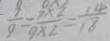
\frac { 9 } { 9 } = \frac { 7 \times 2 } { 9 \times 2 } = \frac { 1 4 } { 1 8 }